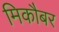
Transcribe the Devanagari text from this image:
मिकौबर